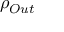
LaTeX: \rho _ { O u t } \,